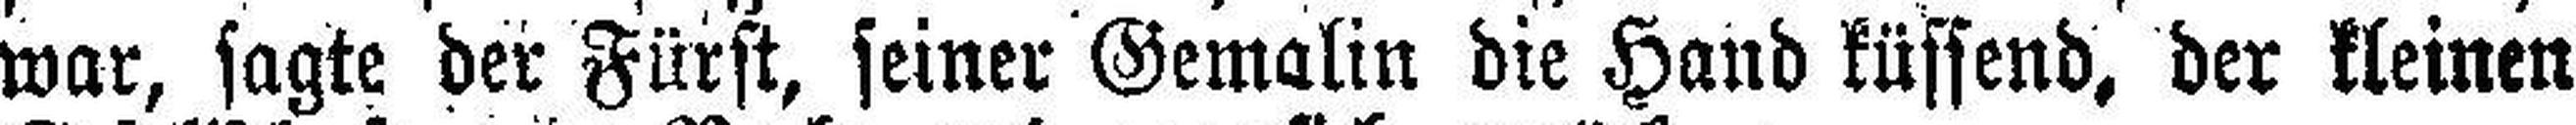
war, sagte der Fürst, seiner Gemalin die Hand küssend, der kleinen